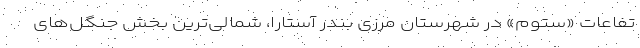
تفاعات «ستوم» در شهرستان مرزی بندر آستارا، شمالی‌ترین بخش جنگل‌های